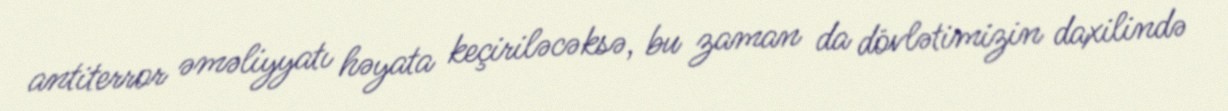
antiterror əməliyyatı həyata keçiriləcəksə, bu zaman da dövlətimizin daxilində